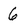
Character: 6